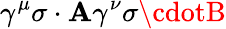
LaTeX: \gamma^{\mu}\sigma\cdot\mathbf{A}\gamma^{\nu}\sigma\cdotB